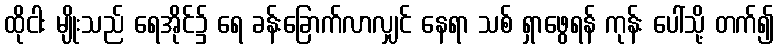
ထိုငါး မျိုးသည် ရေအိုင်၌ ရေ ခန်းခြောက်လာလျှင် နေရာ သစ် ရှာဖွေရန် ကုန်း ပေါ်သို့ တက်၍